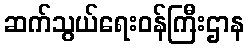
ဆက်သွယ်ရေးဝန်ကြီးဌာန